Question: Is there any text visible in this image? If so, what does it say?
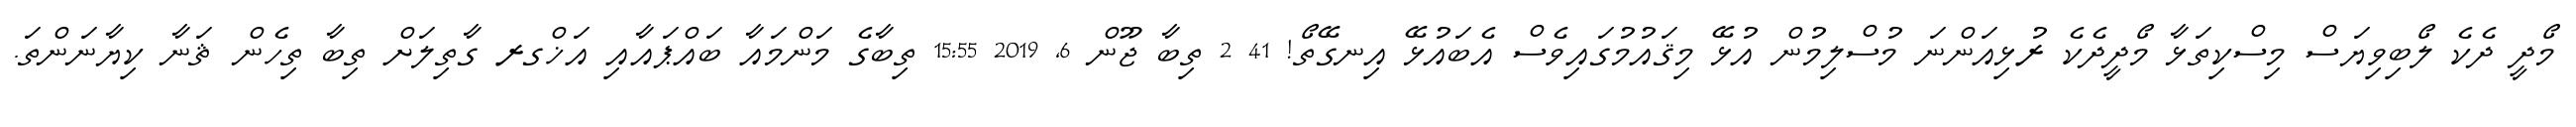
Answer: މޯދީ ދެކެ ލޯބިވިޔަސް މިސްކިތަޅާ މޯދީދެކެ ރުޅިއަންނަ މުސްލިމުން އުޅޭ މިޤައުމުގައިވެސް އެބައުޅޭ އިނގޭތޯ! 41 2 ތިބާ ޖޫން 6, 2019 15:55 ތިބާގެ މަންމައާ ބައްޕައާއި އަޚްގރ ގާތިލަށް ތިބާ ތިހެން ޘަނާ ކިޔާނަންތަ.